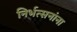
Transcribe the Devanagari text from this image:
निर्भत्सनांना